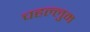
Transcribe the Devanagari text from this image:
चहल्लुम